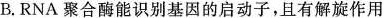
B.RNA聚合酶能识别基因的启动子，且有解旋作用